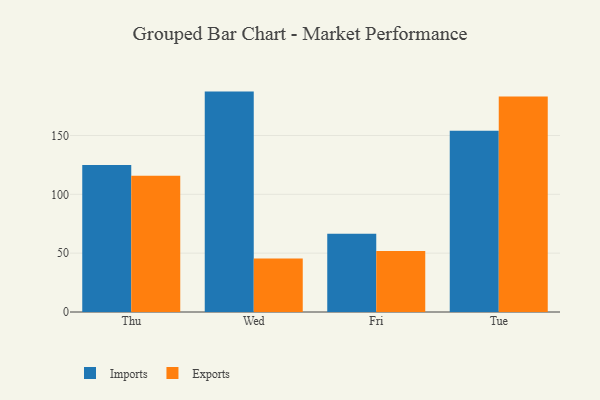
{"axis": {"x": "Day", "y": "Waste Production (Tons)"}, "legend": ["Exports", "Imports"], "data": [{"x": "Thu", "y": 124.9, "type": "Imports"}, {"x": "Thu", "y": 115.7, "type": "Exports"}, {"x": "Wed", "y": 187.3, "type": "Imports"}, {"x": "Wed", "y": 45.5, "type": "Exports"}, {"x": "Fri", "y": 66.5, "type": "Imports"}, {"x": "Fri", "y": 51.8, "type": "Exports"}, {"x": "Tue", "y": 154.0, "type": "Imports"}, {"x": "Tue", "y": 183.1, "type": "Exports"}]}